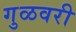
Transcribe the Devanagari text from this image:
गुळवरी